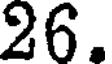
26.